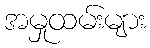
အမှုထမ်းများ